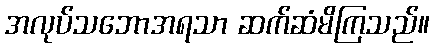
အလုပ်သဘောအရသာ ဆက်ဆံမိကြသည်။